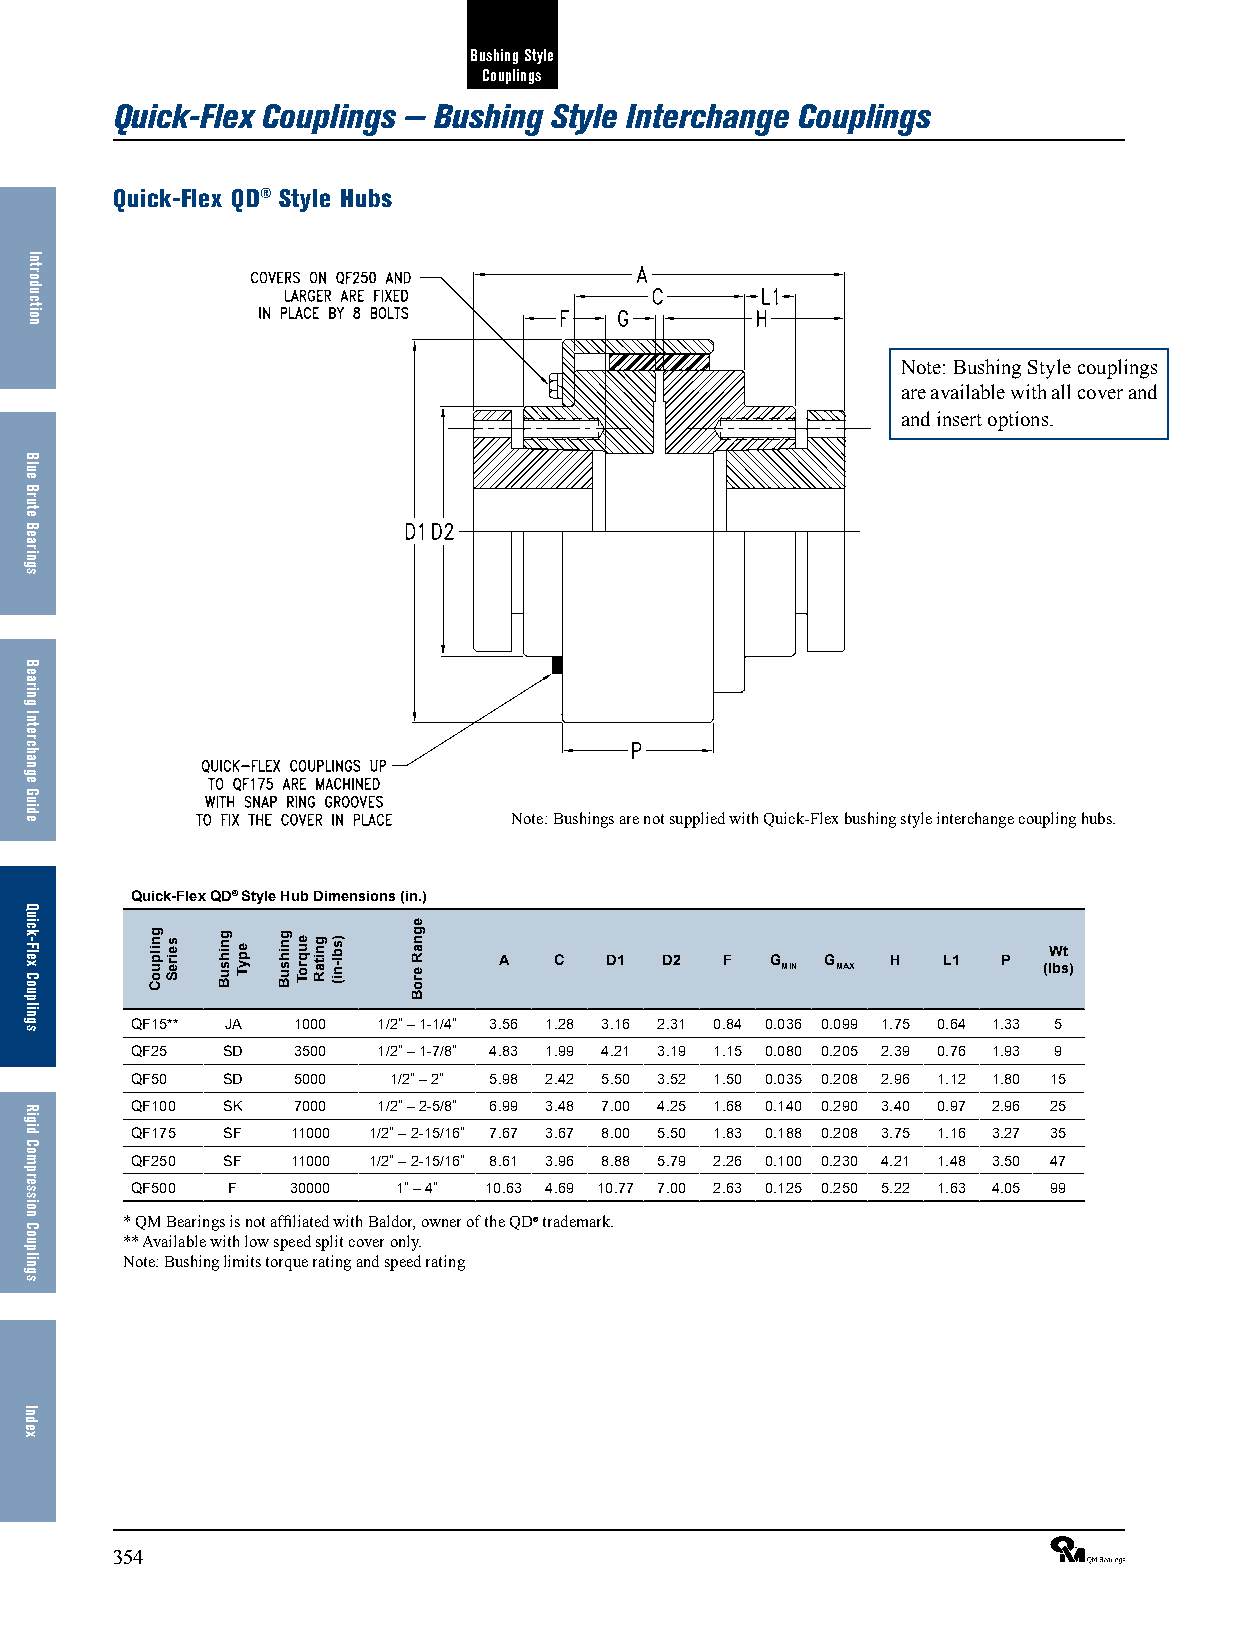
Bushing Style
 Couplings
 Quick-Flex Couplings — Bushing Style Interchange Couplings
 Quick-Flex QD® Style Hubs
 Note: Bushing Style couplings
 are available with all cover and
 and insert options.
 Note: Bushings are not supplied with Quick-Flex bushing style interchange coupling hubs.
 Quick-Flex QD® Style Hub Dimensions (in.)
 Wt
 A   C  D1  D2  F  G   G   H  L1  P
 MIN MAX          (lbs)
 QF15** JA 1000  1/2” – 1-1/4” 3.56 1.28 3.16 2.31 0.84 0.036 0.099 1.75 0.64 1.33 5
 QF25  SD  3500  1/2” – 1-7/8” 4.83 1.99 4.21 3.19 1.15 0.080 0.205 2.39 0.76 1.93 9
 QF50  SD  5000   1/2” – 2” 5.98 2.42 5.50 3.52 1.50 0.035 0.208 2.96 1.12 1.80 15
 QF100 SK  7000  1/2” – 2-5/8” 6.99 3.48 7.00 4.25 1.68 0.140 0.290 3.40 0.97 2.96 25
 QF175 SF  11000 1/2” – 2-15/16” 7.67 3.67 8.00 5.50 1.83 0.188 0.208 3.75 1.16 3.27 35
 QF250 SF  11000 1/2” – 2-15/16” 8.61 3.96 8.88 5.79 2.26 0.100 0.230 4.21 1.48 3.50 47
 QF500 F   30000  1” – 4” 10.63 4.69 10.77 7.00 2.63 0.125 0.250 5.22 1.63 4.05 99
 * QM Bearings is not affiliated with Baldor, owner of the QD® trademark.
 ** Available with low speed split cover only.
 Note: Bushing limits torque rating and speed rating
 354                                                             ®
 Introduction
 Blue
 Brute
 Bearings
 Bearing
 Interchange
 Guide
 Quick-Flex
 Couplings
 Rigid
 Compression
 Couplings
 Index
 gnilpuoC seireS gnihsuB epyT gnihsuB euqroT gnitaR )sbl-ni(
 egnaR
 eroB